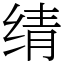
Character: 𬘬